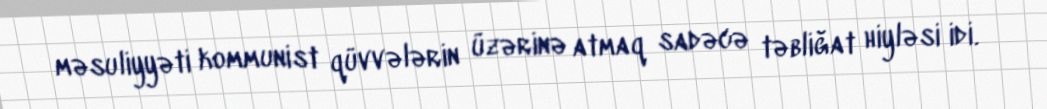
məsuliyyəti kommunist qüvvələrin üzərinə atmaq sadəcə təbliğat hiyləsi idi.